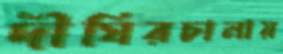
দীঘিরচালায়